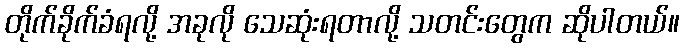
တိုက်ခိုက်ခံရလို့ အခုလို သေဆုံးရတာလို့ သတင်းတွေက ဆိုပါတယ်။